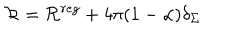
{ \cal R } = { \cal R } ^ { r e g } + 4 \pi ( 1 - \alpha ) \delta _ { \Sigma }